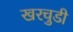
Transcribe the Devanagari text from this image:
खरचुडी